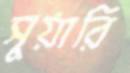
সুয়ারি